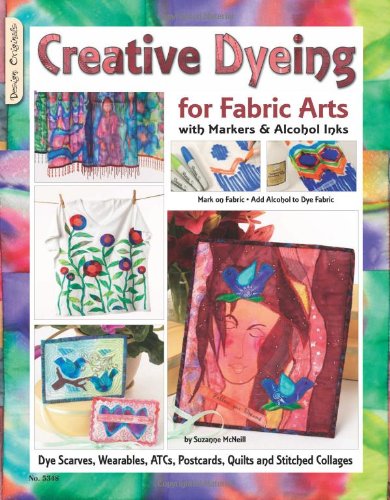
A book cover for Creative Dyeing for Fabric Arts with Markers & Alcohol Inks: Dye Scarves, Wearables, ATCs, Postcards, Quilts and Stitched Collages; Suzanne McNeill; Crafts, Hobbies & Home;